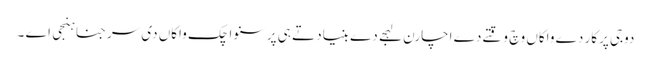
دوجی پرکار دے واکاں وچ وقتے دے اچارن لہجے دے بنیاد تے ہی پرسنواچک واکاں دی سرجنا ہنجی اے ۔